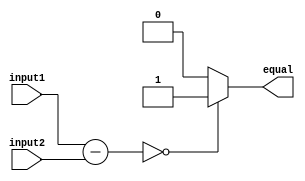
module Equality_Comparator (
    input [31:0] input1,
    input [31:0] input2,
    output reg equal
);

reg [31:0] result;

always @ (input1 or input2) begin
    result = input1 - input2;
    if (result == 32'b0) begin
        equal = 1;
    end else begin
        equal = 0;
    end
end

endmodule